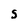
Character: 5